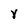
Character: Y